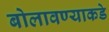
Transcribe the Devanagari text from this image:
बोलावण्याकडे